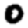
Digit: 0